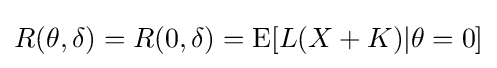
R(\theta ,\delta )=R(0,\delta )=\operatorname {E} [L(X+K)|\theta =0]